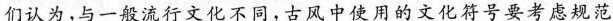
们认为，与一般流行文化不同，\underline{ 古风中使用的文化符号要考虑规范}